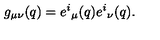
g _ { \mu \nu } ( q ) = e ^ { i } { } _ { \mu } ( q ) e ^ { i } { } _ { \nu } ( q ) .